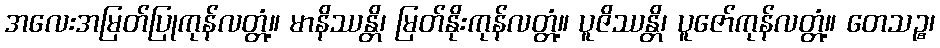
အလေးအမြတ်ပြုကုန်လတ္တံ့။ မာနိဿန္တိ၊ မြတ်နိုးကုန်လတ္တံ့။ ပူဇိဿန္တိ၊ ပူဇော်ကုန်လတ္တံ့။ တေသဉ္စ၊